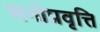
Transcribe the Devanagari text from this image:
मनोप्रवृत्ति